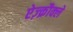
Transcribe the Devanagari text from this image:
ऐज़्क्रौक्ले